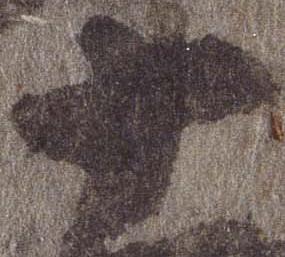
十